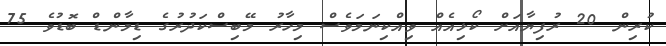
ކުރިން 20 ރުފިޔާއަށް ކޯޅިއެއް ވިއްކިނަމަވެސް މިހާރު މޭބިސްކަދުރުގެ ޑިމާންޑް ބޮޑުވެ 75